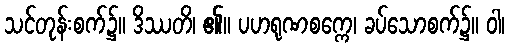
သင်တုန်းစက်၌။ ဒိဿတိ၊ ၏။ ပဟရုဏစက္ကေ၊ ခပ်သောစက်၌။ ဝါ၊